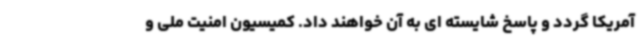
آمریکا گردد و پاسخ شایسته ای به آن خواهند داد. کمیسیون امنیت ملی و